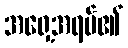
အရှေ့အရပ်၏